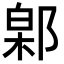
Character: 𬪎